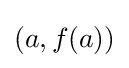
\left(a,f(a)\right)